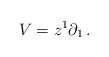
LaTeX: \begin{align*}V=z^{1}\partial_{1}\,.\end{align*}